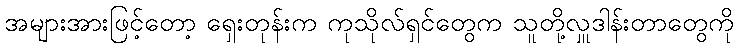
အများအားဖြင့်တော့ ရှေးတုန်းက ကုသိုလ်ရှင်တွေက သူတို့လှူဒါန်းတာတွေကို